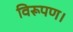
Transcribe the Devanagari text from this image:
विरूपण।